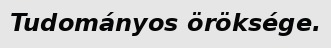
Tudományos öröksége.